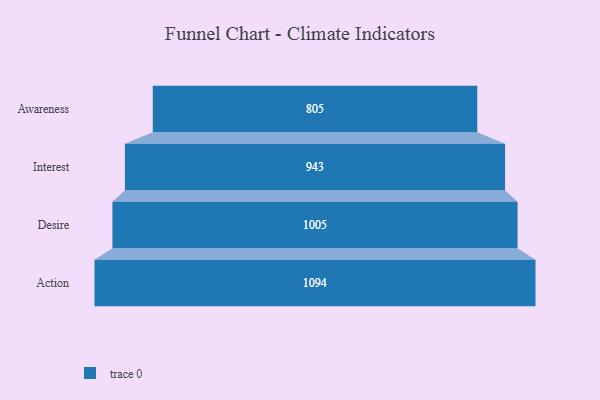
{"axis": {"x": "Stage", "y": "Value"}, "legend": [""], "data": [{"x": "Awareness", "y": 805.0, "type": ""}, {"x": "Interest", "y": 943.0, "type": ""}, {"x": "Desire", "y": 1005.0, "type": ""}, {"x": "Action", "y": 1094.0, "type": ""}]}